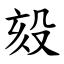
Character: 㱾